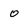
Character: o